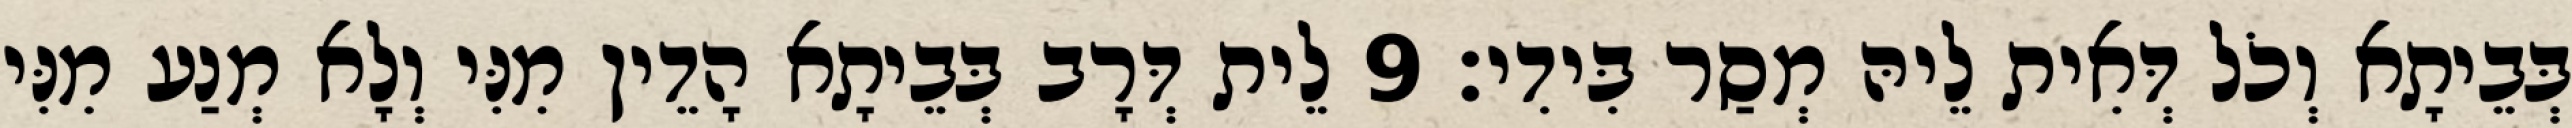
בְּבֵיתָא וְכֹל דְּאִית לֵיהּ מְסַר בִּידִי׃ 9 לֵית דְּרָב בְּבֵיתָא הָדֵין מִנִּי וְלָא מְנַע מִנִּי